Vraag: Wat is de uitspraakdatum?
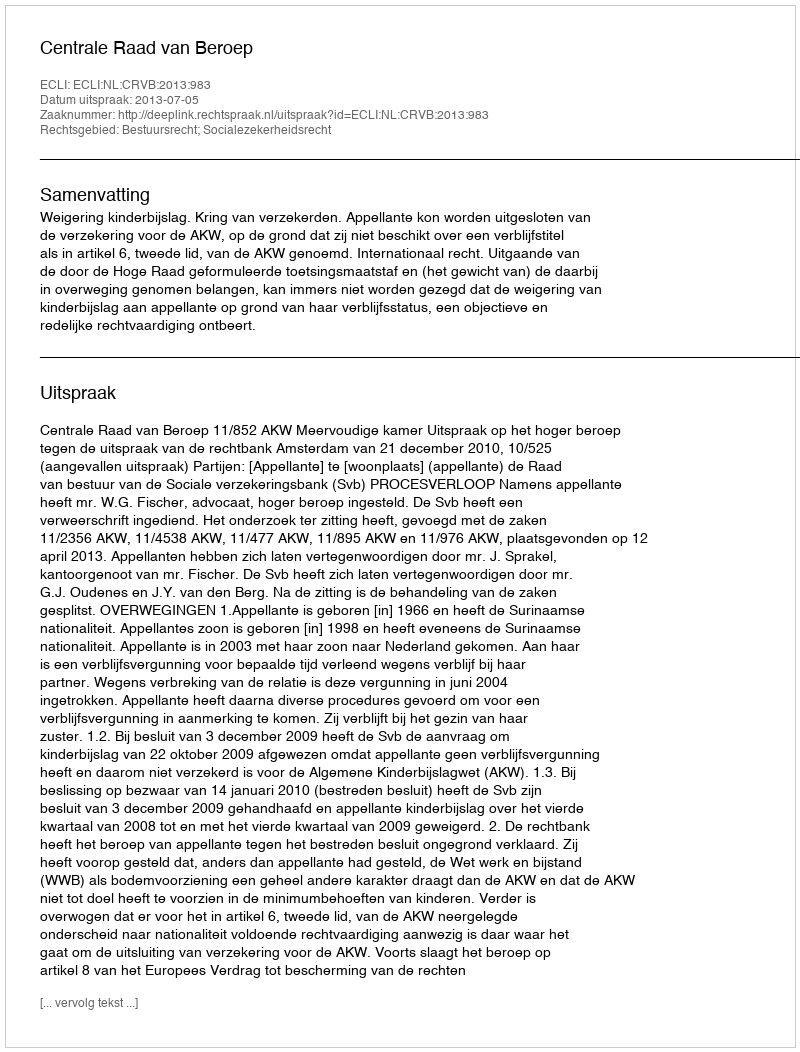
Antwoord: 2013-07-05